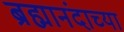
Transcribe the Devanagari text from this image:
ब्रह्मानंदाच्या